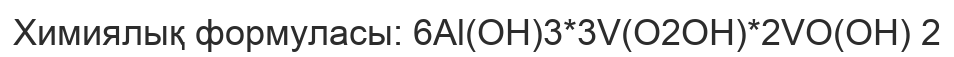
Химиялық формуласы: 6Аl(OН)3*3V(O2OН)*2VO(OН) 2